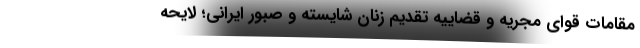
مقامات قوای مجریه و قضاییه تقدیم زنان شایسته و صبور ایرانی؛ لایحه